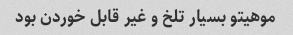
موهیتو بسیار تلخ و غیر قابل خوردن بود